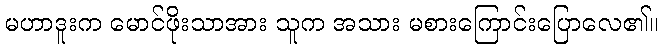
မဟာဒူးက မောင်ဖိုးသာအား သူက အသား မစားကြောင်းပြောလေ၏။